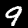
Label: 9